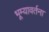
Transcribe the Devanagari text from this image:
भूम्यावर्तना